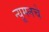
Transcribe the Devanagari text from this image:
न्यूमनचे